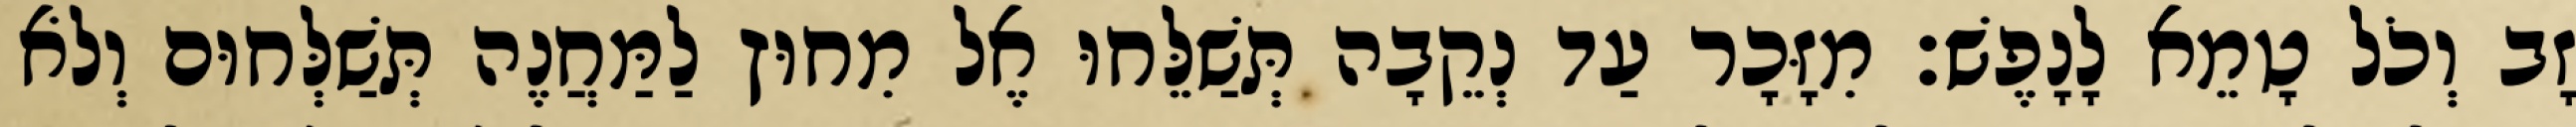
זָב וְכֹל טָמֵא לָנָפֶשׁ׃ מִזָּכָר עַד נְקֵבָה תְּשַׁלֵּחוּ אֶל מִחוּץ לַמַּחֲנֶה תְּשַׁלְּחוּם וְלֹא